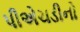
પીએચડીનો